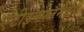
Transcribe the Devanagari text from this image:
एंटीइनफ्लैमेटरी